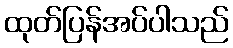
ထုတ်ပြန်အပ်ပါသည်